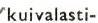
kuivalasti-